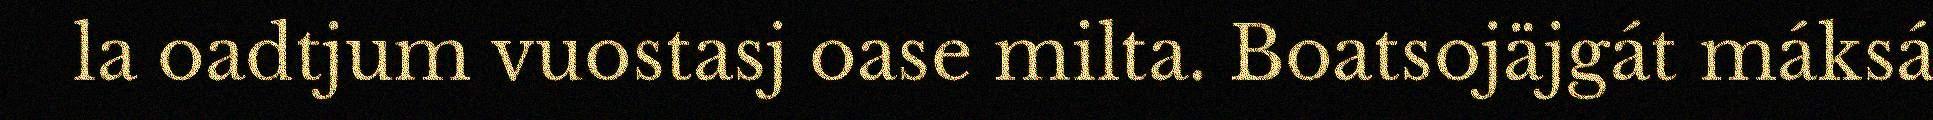
la oadtjum vuostasj oase milta. Boatsojäjgát máksá